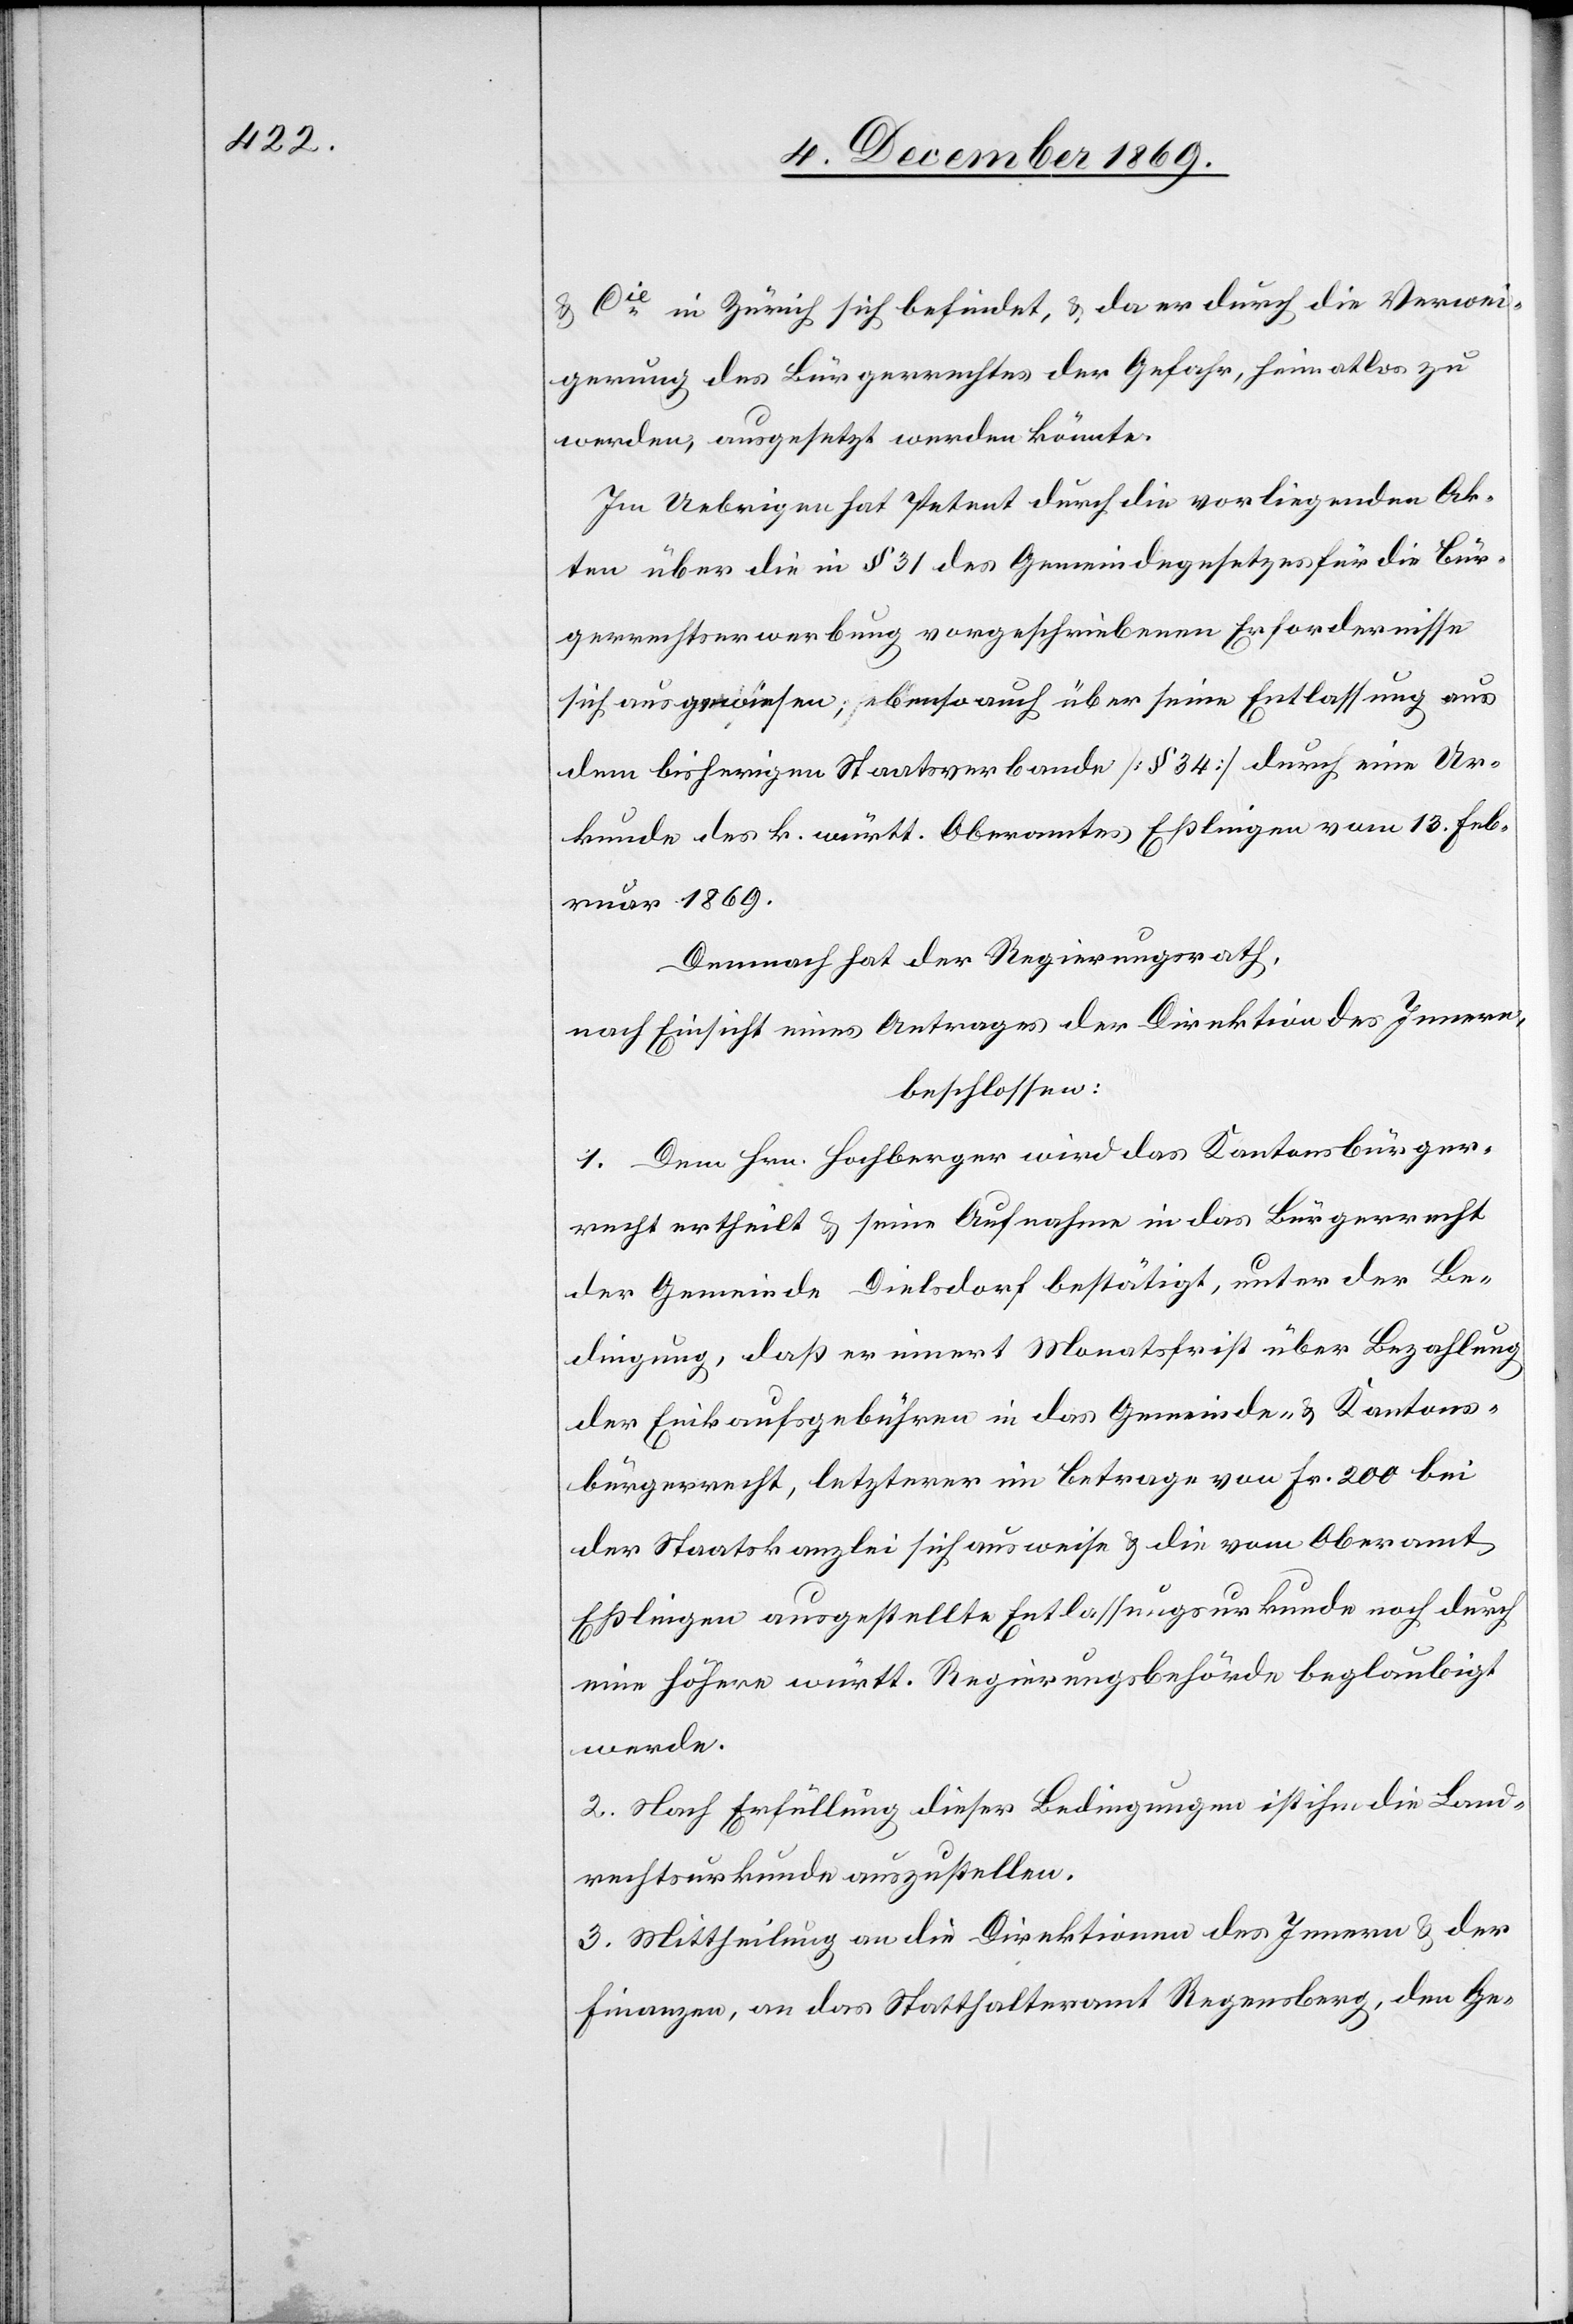
& Cie in Zürich sich befindet, & da er durch die Verwei¬
gerung des Bürgerrechtes der Gefahr, heimatlos zu
werden, ausgesetzt werden könnte.
Im Uebrigen hat Petent durch die vorliegenden Ak¬
ten über die in § 31 des Gemeindegesetzes für die Bür¬
gerrechtserwerbung vorgeschriebenen Erfordernisse
sich ausgewiesen; ebenso auch über seine Entlassung aus
dem bisherigen Staatsverbande [§ 34] durch eine Ur¬
kunde des k. württ. Oberamtes Eßlingen vom 13. Feb¬
ruar 1869.
Demnach hat der Regierungsrath,
nach Einsicht eines Antrages der Direktion des Innern,
beschlossen:
1. Dem Hrn. Hochberger wird das Kantonsbürger¬
recht ertheilt & seine Aufnahme in das Bürgerrecht
der Gemeinde Dielsdorf bestätigt, unter der Be¬
dingung, daß er innert Monatsfrist über Bezahlung
der Einkaufsgebühren in das Gemeinde- & Kantons¬
bürgerrecht, letzterer im Betrage von Fr. 200 bei
der Staatskanzlei sich ausweise & die vom Oberamt
Eßlingen ausgestellte Entlassungsurkunde noch durch
eine höhere württ. Regierungsbehörde beglaubigt
werde.
2. Nach Erfüllung dieser Bedingungen ist ihm die Land¬
rechtsurkunde auszustellen.
3. Mittheilung an die Direktionen des Innern & der
Finanzen, an das Statthalteramt Regensberg, den Ge-